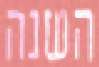
השנה